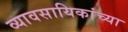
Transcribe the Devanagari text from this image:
व्यावसायिकांच्या